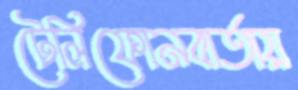
টেলিফোনবার্তায়